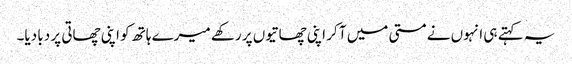
یہ کہتے ہی انہوں نے مستی میں آ کر اپنی چھاتیوں پر رکھے میرے ہاتھ کو اپنی چھاتی پر دبا دیا۔